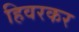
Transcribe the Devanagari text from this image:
हिवरकर